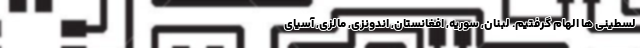
لسطینی ها الهام گرفتیم. لبنان, سوریه, افغانستان, اندونزی, مالزی, آسیای